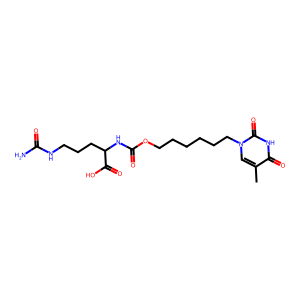
SMILES: Cc1cn(CCCCCCOC(=O)NC(CCCNC(N)=O)C(=O)O)c(=O)[nH]c1=O
Inhibits HIV replication: No